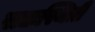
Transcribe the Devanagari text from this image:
सद्यःस्थिती